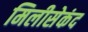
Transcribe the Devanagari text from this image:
मिलीसेकंद